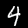
Digit: 4